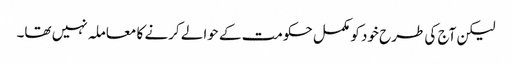
لیکن آج کی طرح خود کو مکمل حکومت کے حوالے کرنے کا معاملہ نہیں تھا۔